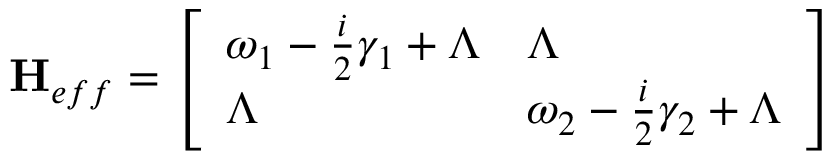
\mathbf { H } _ { e f f } = \left[ \begin{array} { l l } { \omega _ { 1 } - \frac { i } { 2 } \gamma _ { 1 } + \Lambda } & { \Lambda } \\ { \Lambda } & { \omega _ { 2 } - \frac { i } { 2 } \gamma _ { 2 } + \Lambda } \end{array} \right]